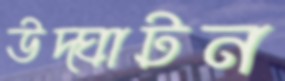
উদ্ঘাটন